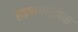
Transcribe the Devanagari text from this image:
हाइपरग्लेसेमिया